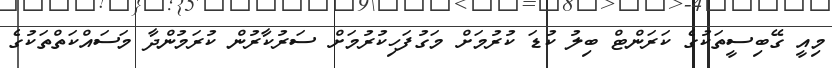
މިއީ ގޭބިސީތަކުގެ ކަރަންޓް ބިލު ކުޑަ ކުރުމަށް މަގުފަހިކުރުމަށް ސަރުކާރުން ކުރަމުންދާ މަސައްކަތްތަކުގެ